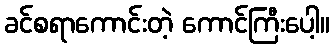
ခင်စရာကောင်းတဲ့ ကောင်ကြီးပေါ့။